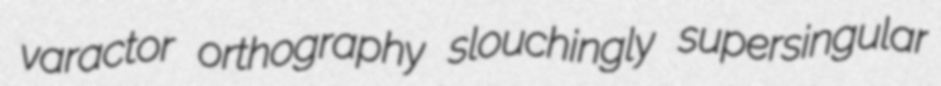
varactor orthography slouchingly supersingular